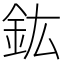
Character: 鈜